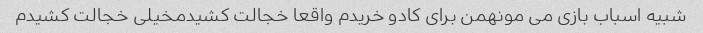
شبیه اسباب بازی می مونهمن برای کادو خریدم واقعا خجالت کشیدمخیلی خجالت کشیدم